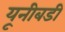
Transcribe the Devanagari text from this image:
यूनीबडी